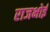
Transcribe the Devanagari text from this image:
राजभोई